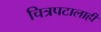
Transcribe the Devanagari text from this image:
चित्रपटालाही